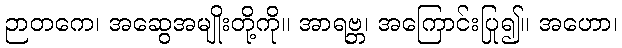
ဉာတကေ၊ အဆွေအမျိုးတို့ကို။ အာရဗ္ဘ၊ အကြောင်းပြု၍။ အဟော၊